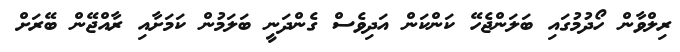
ރިލްވާން ހޯދުމުގައި ބަލަންޖެހޭ ކަންކަން އަދިވެސް ގެންދަނީ ބަލަމުން ކަމަށާއި ރާއްޖޭން ބޭރަށް